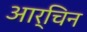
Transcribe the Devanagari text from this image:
आर्चिन